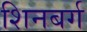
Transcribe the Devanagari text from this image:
शिनबर्ग